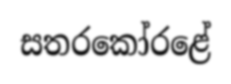
සතරකෝරළේ